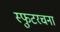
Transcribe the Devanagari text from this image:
स्फुटरचना